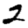
Digit: 2